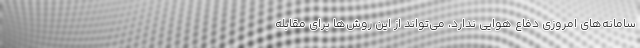
سامانه‌های امروزی دفاع هوایی ندارد، می‌تواند از این روش‌ها برای مقابله